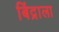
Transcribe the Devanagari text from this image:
बिंद्राला